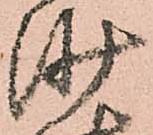
沙